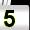
Digit: 5